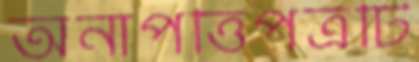
অনাপত্তিপত্রটি